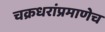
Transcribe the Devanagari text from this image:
चक्रधरांप्रमाणेच